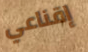
إقناعي